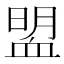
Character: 𧖽